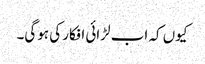
کیوں کہ اب لڑائی افکار کی ہوگی۔